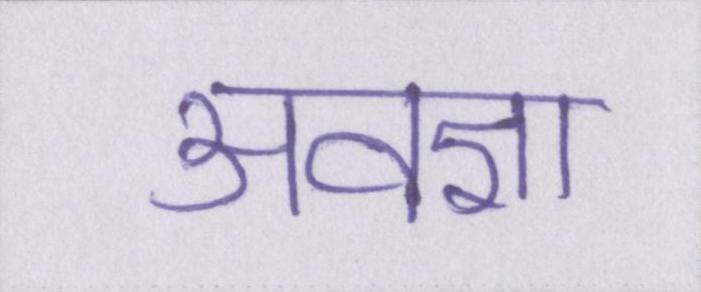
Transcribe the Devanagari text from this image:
अवज्ञा